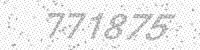
Solution: 771875